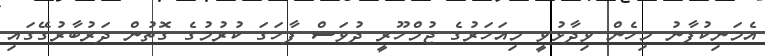
އެމަނިކުފާނު މިހެން ވިދާޅުވީ މިއަހަރުގެ ޖުމްހޫރީ ދުވަސް ފާހަގަ ކުރުމުގެ ގޮތުން ދަރުބާރުގޭގައި